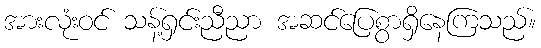
အားလုံးဝင် သန့်ရှင်းညီညာ အဆင်ပြေစွာရှိနေကြသည်။